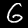
Digit: 6